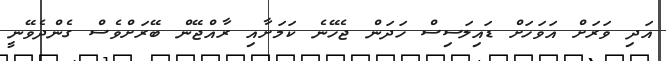
އަދި ވަރަށް އަވަހަށް ޑައިލަސިސް ހަދަން ޖެހޭނެ ކަމަށާއި ރާއްޖޭން ބޭރަށްވެސް ގެންދެވޭނީ